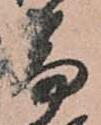
篇